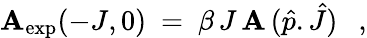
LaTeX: \mathbf{A}_{\mathrm{{exp}}}(-J,0)\ =\ \beta\, J\, \mathbf{A}\, (\hat{{p}}.\hat{{J}})\ \ \ ,